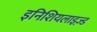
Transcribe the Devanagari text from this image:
इनिशियलाइज़्ड